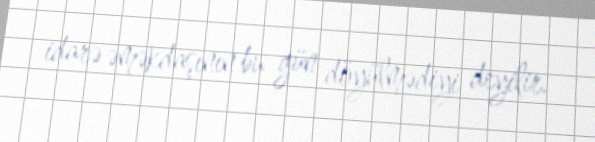
idarə əməkdaşının bu gün döyülmədiyi deyilir.